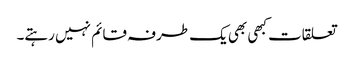
تعلقات کبھی بھی یک طرفہ قائم نہیں رہتے۔